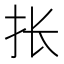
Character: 𰓄